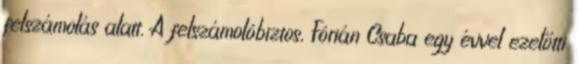
felszámolás alatt. A felszámolóbiztos, Fórián Csaba egy évvel ezelőtti